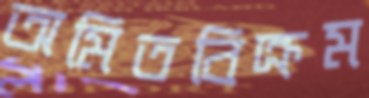
অমিতবিক্রম